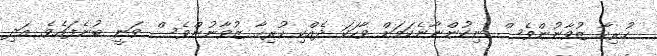
ހުރިހާ ޒުވާނުންވެސް ނިކުންނާނެކަމަށް ވާހަކަ ދެއްކި ހުރިހާ ޒުވާނުންވެސް ވަނީ ބުނެފައެވެ. އަދި